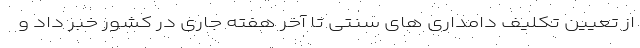
از تعیین تکلیف دامداری های سنتی تا آخر هفته جاری در کشور خبر داد و